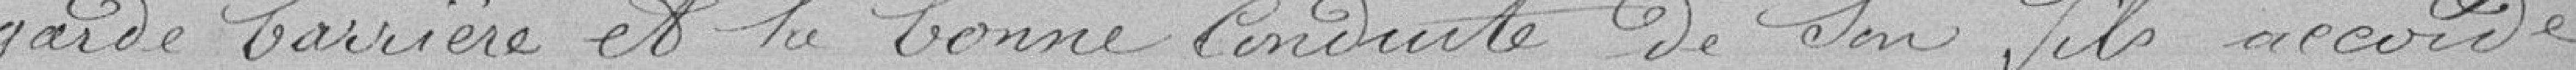
garde barrière et la bonne conduite de son fils, accorde